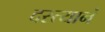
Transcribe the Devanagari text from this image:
दस्त्यानं